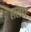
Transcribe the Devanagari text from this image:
ललहट